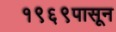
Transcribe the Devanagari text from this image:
१९६९पासून